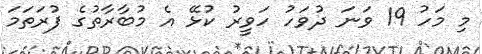
މި މަހު 19 ވަނަ ދުވަހު ހަވީރު ކުޅޭ އެ މުބާރާތުގެ ފުރަތަމަ